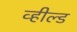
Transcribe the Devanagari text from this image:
व्हील्ड